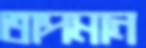
তাপমান